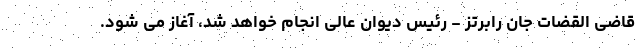
قاضی القضات جان رابرتز - رئیس دیوان عالی انجام خواهد شد، آغاز می شود.